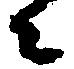
々